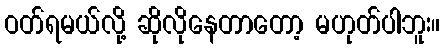
ဝတ်ရမယ်လို့ ဆိုလိုနေတာတော့ မဟုတ်ပါဘူး။